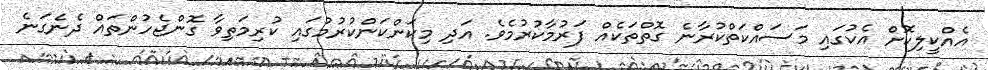
އެއްކީލިކޮށް އެކުގައި މަސައްކަތްކުރާނެ ގޮތްތަކެއް ފަރުމާކުރުމެވެ. އަދި މިކަންކަންކުރުމުގައި ކުރިމަތިވާ ގޮންޖެހުންތައް ދެނެގަނެ